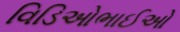
વિડિઓભાઈઓ